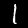
Label: 1